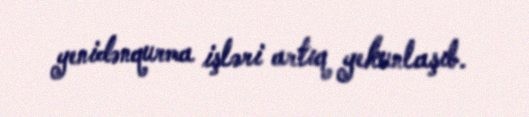
yenidənqurma işləri artıq yekunlaşıb.